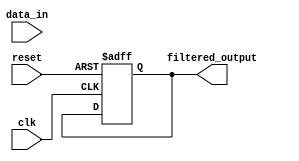
module iir_filter_accumulator (
    input wire clk,
    input wire reset,
    input wire [7:0] data_in,
    output wire [15:0] filtered_output
);

reg [15:0] accumulator;

always @(posedge clk or posedge reset) begin
    if (reset) begin
        accumulator <= 16'h0000;
    end else begin
        // Add or multiply operations on input data samples
        // Implement filter coefficients and feedback loops here
        // Update accumulator based on arithmetic operations
    end
end

assign filtered_output = accumulator;

endmodule